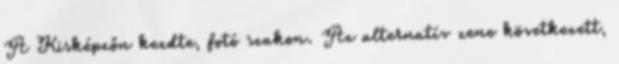
A Kisképzőn kezdte, fotó szakon. Az alternatív zene következett,